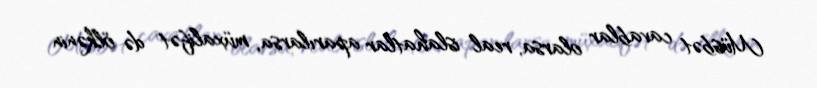
Müsbət cavablar olarsa, real islahatlar aparılarsa, müxalifət də ölkənin